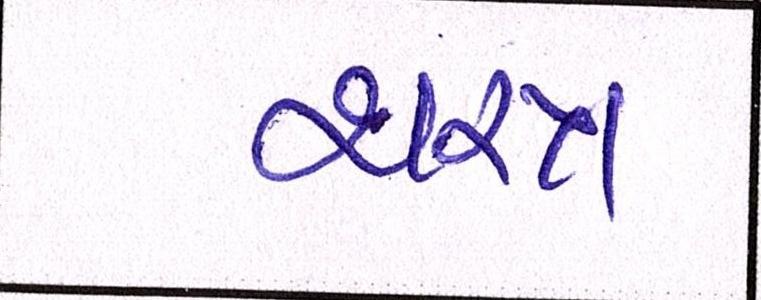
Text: શસ્ત્ર